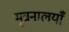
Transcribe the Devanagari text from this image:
मूत्रनालयाँ